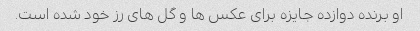
او برنده دوازده جایزه برای عکس ها و گل های رز خود شده است.